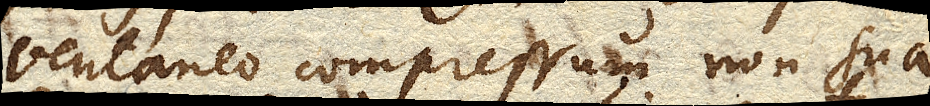
ventaneo compressum non sua